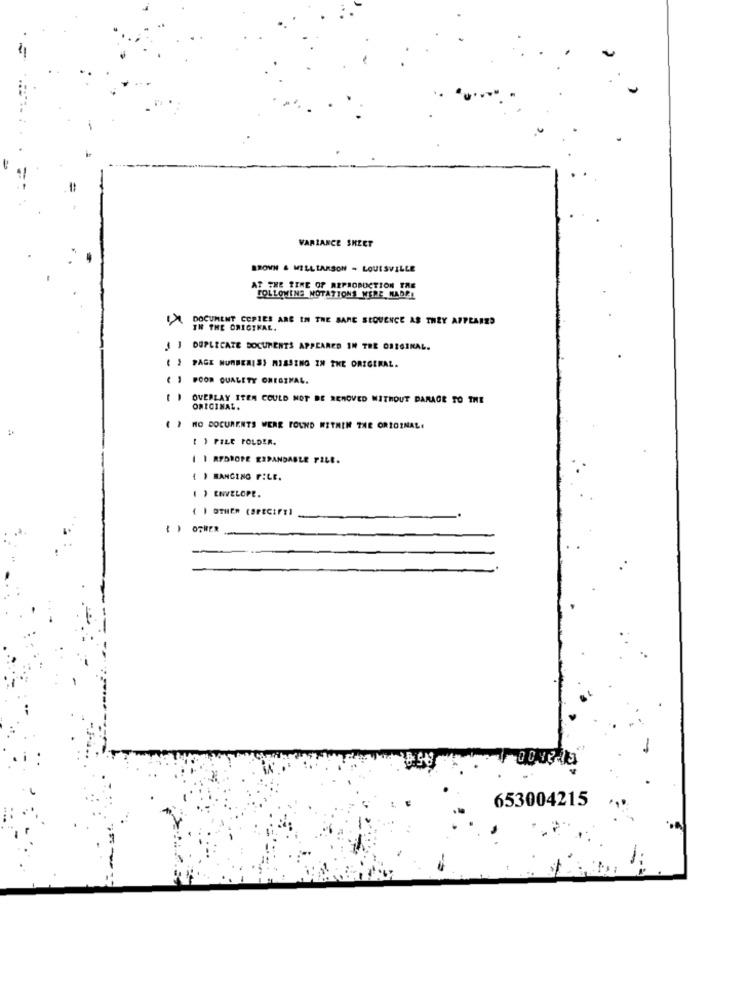
VARIANCE SHEET
BROWN & MILLLARSON - LOUISVILLE
AT THE TIME OF REPRODUCTION TRE
FOLLOWING NOTATIONS MERE MADEL
DOCUMENT COPIES ARE IN THE BARE SEQUENCE AS THEY APPEARES
IN THE ORIGINAL.
J J DUPLICATE DOCUMENTS APPEARED IN THE ORIGINAL.
PAGE NUMBERISI MISSING IN THE ORIGINAL.
POOR QUALETY ORIGINAL.
OVERLAY ITEM COULD NOT BE REMOVED WITHOUT DAMAGE TO THE
ORIGINAL.
( ) NO DOCUMENTS WERE FOUND WITHIN THE ORIGINAL.
[ ) PELE FOLDER.
1 | REDROPE EXPANDABLE FILE.
{ ) HANGING FILE.
I ) ENVELOPE.
( I OTHER (SPECIFY]
653004215